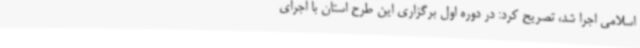
اسلامی اجرا شد، تصریح کرد: در دوره اول برگزاری این طرح استان با اجرای